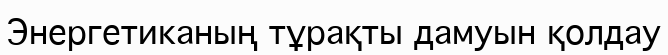
Энергетиканың тұрақты дамуын қолдау